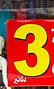
3